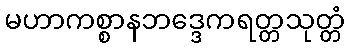
မဟာကစ္စာနဘဒ္ဒေကရတ္တသုတ္တံ